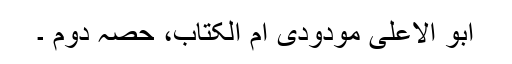
ابو الاعلیٰ مودودی ام الکتاب، حصہ دوم ۔